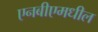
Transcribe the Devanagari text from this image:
एनबीएमधील